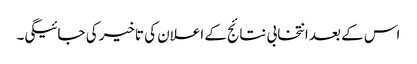
اس کے بعد انتخابی نتائج کے اعلان کی تاخیر کی جائیگی۔